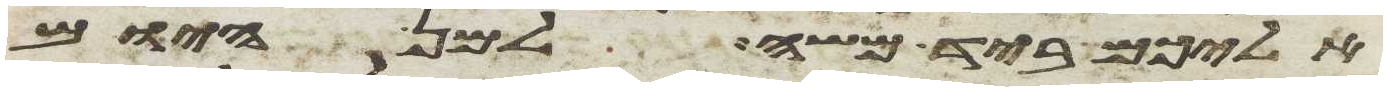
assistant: אליכם ביד משה למן היום